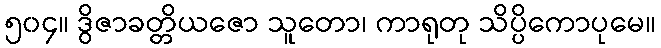
၅၀၄။ ဒွိဇာခတ္တိယဇော သူတော၊ ကာရုတု သိပ္ပိကောပုမေ။